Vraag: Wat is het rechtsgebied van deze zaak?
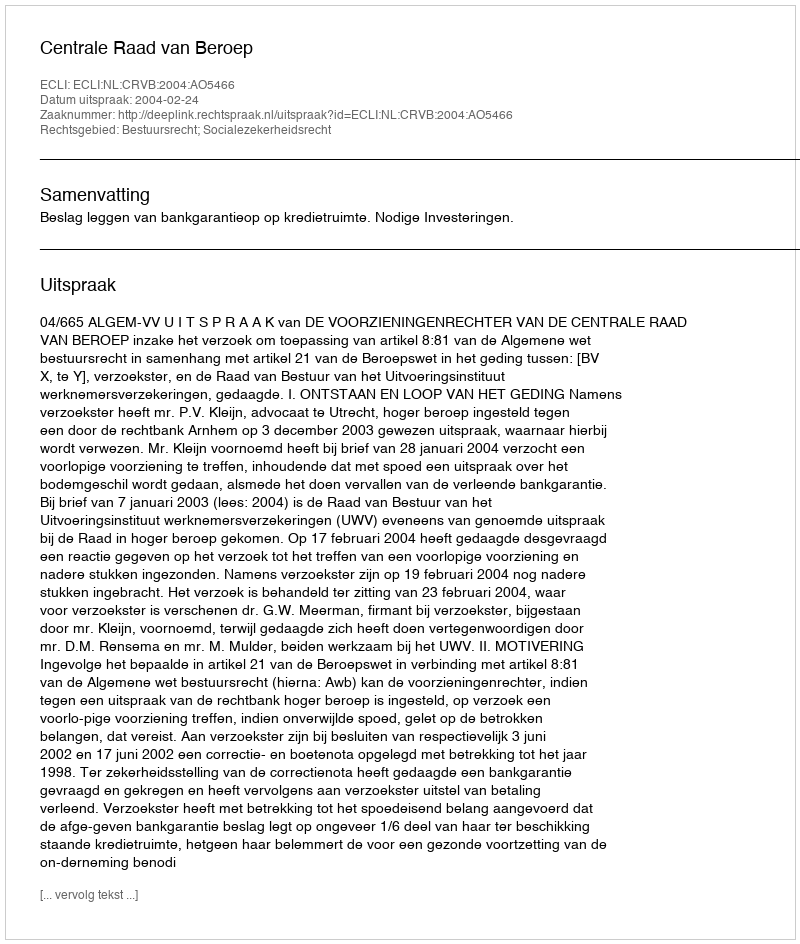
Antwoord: Bestuursrecht; Socialezekerheidsrecht